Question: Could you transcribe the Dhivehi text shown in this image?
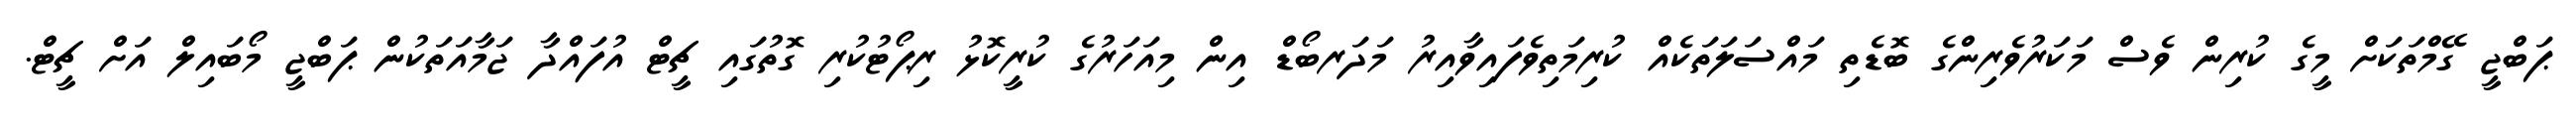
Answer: ޕަބްޖީ ގޭމްތަކަށް މީގެ ކުރިން ވެސް މަކަރުވެރިންގެ ބޮޑެތި މައްސަލަތަކެއް ކުރިމަތިވެފައިވާއިރު މަދަރބޯޑް އިން މިއަހަރުގެ ކުރީކޮޅު ރިޕޯޓުކުރި ގޮތުގައި ޗީޓް އުފައްދާ ޖަމާއަތަކުން ޕަބްޖީ މޯބައިލް އަށް ޗީޓް.